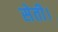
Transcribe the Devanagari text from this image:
सेती।